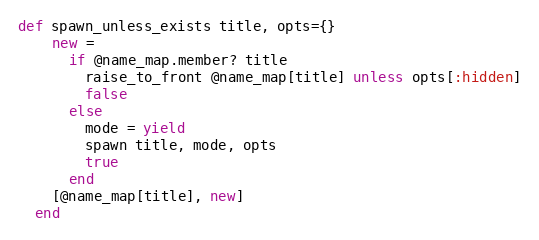
Language: Ruby
def spawn_unless_exists title, opts={}
    new =
      if @name_map.member? title
        raise_to_front @name_map[title] unless opts[:hidden]
        false
      else
        mode = yield
        spawn title, mode, opts
        true
      end
    [@name_map[title], new]
  end